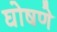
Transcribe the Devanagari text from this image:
घोषणे